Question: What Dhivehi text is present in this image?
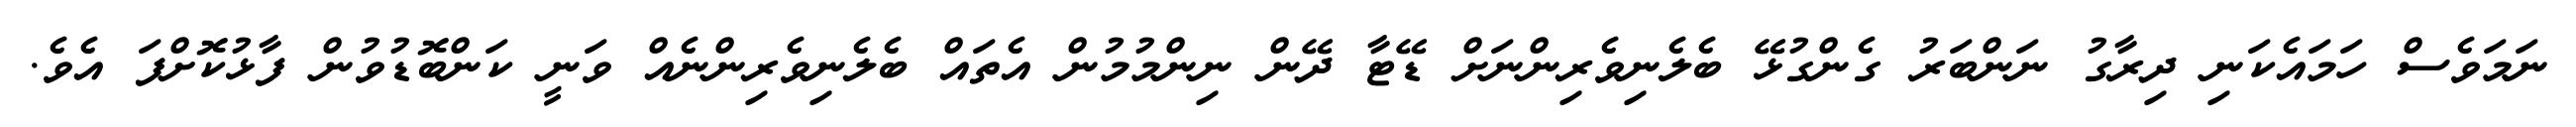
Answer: ނަމަވެސް ހަމައެކަނި ދިރާގު ނަންބަރު ގެންގުޅޭ ބެލެނިވެރިންނަށް ޑޭޓާ ދޭން ނިންމުމުން އެތައް ބެލެނިވެރިންނެއް ވަނީ ކަންބޮޑުވުން ފާޅުކޮށްފަ އެވެ.